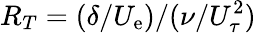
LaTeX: R_{T}=(\delta/U_{\mathrm{e}})/(\nu/U_{\tau}^{2})